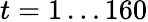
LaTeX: t=1\ldots 160